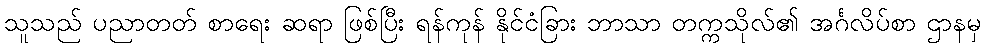
သူသည် ပညာတတ် စာရေး ဆရာ ဖြစ်ပြီး ရန်ကုန် နိုင်ငံခြား ဘာသာ တက္ကသိုလ်၏ အင်္ဂလိပ်စာ ဌာနမှ